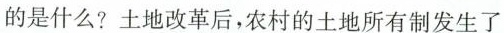
的是什么?土地改革后，农村的土地所有制发生了